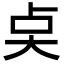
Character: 奌